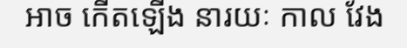
អាច កើតឡើង នារយៈ កាល វែង